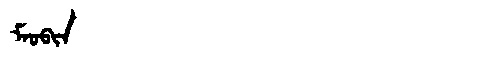
Manchu: ᠮᠠᠣᠪᡳᠨ
Romanization: MAOBIN